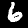
Digit: 6